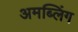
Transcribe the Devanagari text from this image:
अमब्लिंग